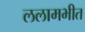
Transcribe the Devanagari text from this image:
ललामभीत